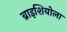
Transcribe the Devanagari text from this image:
ब्राइशियोला